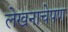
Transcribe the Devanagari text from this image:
लेखनाचेपण